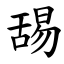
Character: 舓